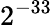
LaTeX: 2^{-33}